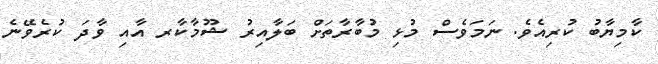
ކާމިޔާބު ކުރިއެވެ. ނަމަވެސް މުޅި މުބާރާތަށް ބަލާއިރު ޝޫމާކާރ އާއި ވާދަ ކުރެވޭނެ